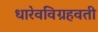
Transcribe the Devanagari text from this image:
धारेवविग्रहवती